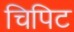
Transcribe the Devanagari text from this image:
चिपिट